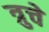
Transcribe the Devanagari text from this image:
त्रुचे